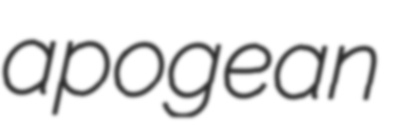
apogean